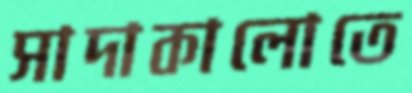
সাদাকালোতে